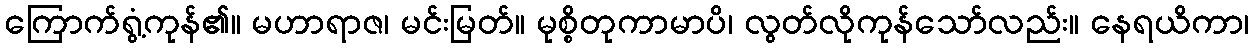
ကြောက်ရွံ့ကုန်၏။ မဟာရာဇ၊ မင်းမြတ်။ မုစ္စိတုကာမာပိ၊ လွတ်လိုကုန်သော်လည်း။ နေရယိကာ၊